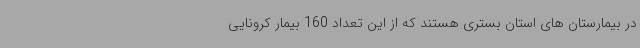
در بیمارستان های استان بستری هستند که از این تعداد 160 بیمار کرونایی